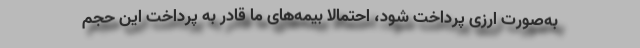
به‌صورت ارزی پرداخت شود، احتمالا بیمه‌های ما قادر به پرداخت این حجم